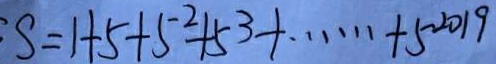
S = 1 + 5 + 5 ^ { 2 } + 5 ^ { 3 } + \cdots + 5 ^ { 2 0 1 9 }